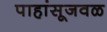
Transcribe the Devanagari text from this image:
पाहांसूजवळ